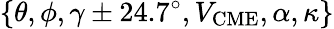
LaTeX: \{ \theta,\phi,\gamma\pm 24.7^{\circ},V_{\mathrm{CME}},\alpha,\kappa\}